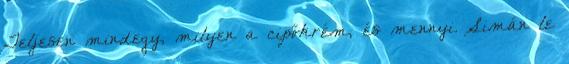
Teljesen mindegy, milyen a cipőkrém, és mennyi. Simán le